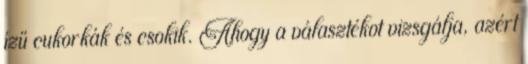
ízű cukorkák és csokik. Ahogy a választékot vizsgálja, azért